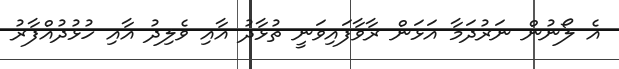
އެ ލޯނުން ނަރުދަމާ އަޅަން ރާވާފައިވަނީ ތުޅާދު އާއި ވެލިދު އާއި ހުޅުދުއްފާރު